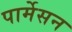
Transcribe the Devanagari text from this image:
पार्मेसन